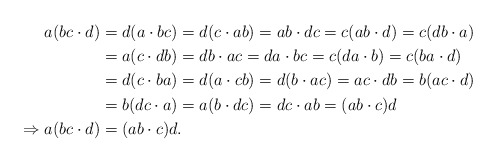
\begin{align*}a(bc\cdot d) & =d(a\cdot bc)=d(c\cdot ab)=ab\cdot dc=c(ab\cdot d)=c(db\cdot a)\\ & =a(c\cdot db)=db\cdot ac=da\cdot bc=c(da\cdot b)=c(ba\cdot d)\\ & =d(c\cdot ba)=d(a\cdot cb)=d(b\cdot ac)=ac\cdot db=b(ac\cdot d)\\ & =b(dc\cdot a)=a(b\cdot dc)=dc\cdot ab=(ab\cdot c)d\\\Rightarrow a(bc\cdot d) & =(ab\cdot c)d.\end{align*}